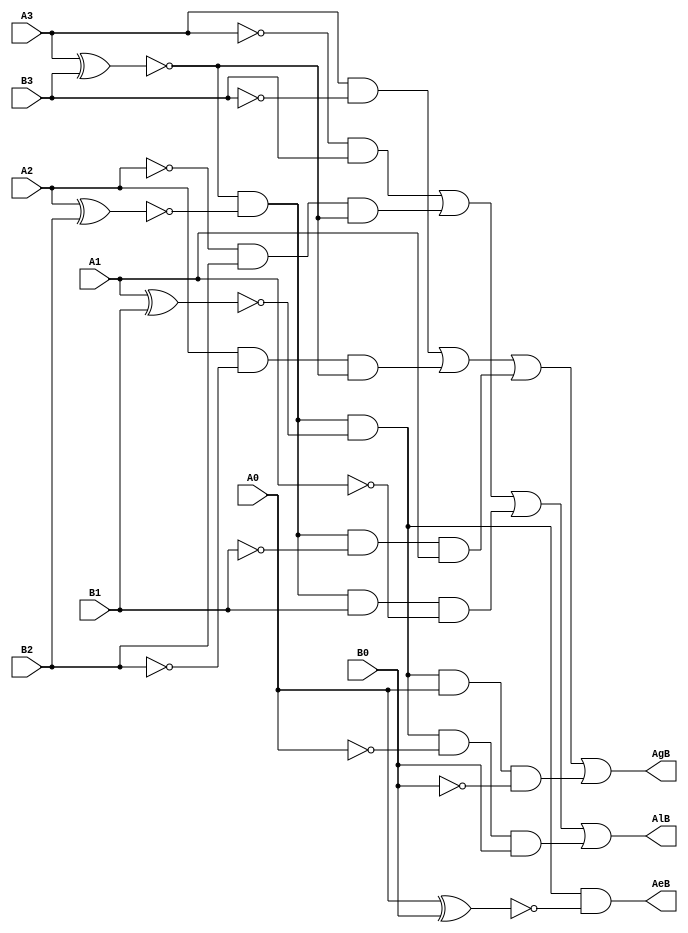
module compare(AgB,AeB,AlB,A0,A1,A2,A3,B0,B1,B2,B3);
    output AgB,AeB,AlB;
    input A0,A1,A2,A3,B0,B1,B2,B3;
    wire t0,t1,t2,t3,t4,t5,t6,t7,t8,t9,t10,t11,t12;
    and G1(t0,A3,~B3);
    xnor G2(t1,A3,B3);
    and G3(t2,A2,~B2,t1);
    xnor G4(t3,A2,B2);
    and G5(t4,t3,t1,~B1,A1);
    xnor G6(t5,A1,B1);
    and G7(t6,t1,t3,t5,A0,~B0);
    or G8(AgB,t0,t2,t4,t6);

    and G9(t8,~A3,B3);
    // xnor G10(t9,A3,B3);
    and G10(t9,~A2,B2,t1);
    // xnor G4(t3,A2,B2);
    and G11(t10,t3,t1,B1,~A1);
    // xnor G6(t5,A1,B1);
    and G12(t11,t1,t3,t5,~A0,B0);
    or G13(AlB,t8,t9,t10,t11);

    xnor G14(t12,A0,B0);
    and G15(AeB,t1,t3,t5,t12);
endmodule